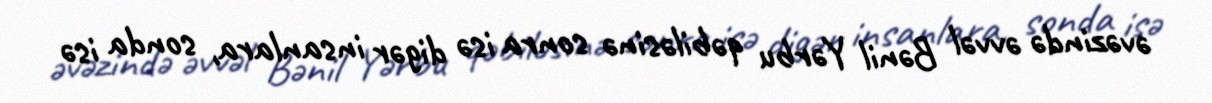
əvəzində əvvəl Bənil Yərbu qəbiləsinə sonra isə digər insanlara, sonda isə